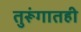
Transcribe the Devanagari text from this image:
तुरूंगातही